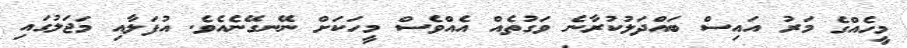
މީހެއްގެ މަރު އައިސް ބައްދަލުކުރާނެ ވަގުތެއް އެއްވެސް މީހަކަށް ނޭނގޭނެއެވެ. އުފަލާއި މަޖަލުގައި